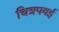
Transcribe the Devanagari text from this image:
चित्रपवई